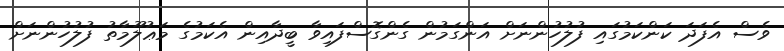
ވެސް އެފަދަ ކަންކަމުގައި ފުލުހުންނަށް އަންގަމުން ގެންގޮސްފައިވާ ބީދާއިން އެކަމުގެ މަޢުލޫމާތު ފުލުހުންނަށް